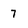
Character: 7